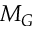
M _ { G }